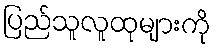
ပြည်သူလူထုများကို